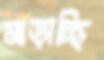
মাড়াচ্ছি